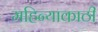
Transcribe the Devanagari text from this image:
महिन्याकाठी